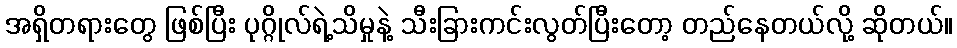
အရှိတရားတွေ ဖြစ်ပြီး ပုဂ္ဂိုလ်ရဲ့သိမှုနဲ့ သီးခြားကင်းလွတ်ပြီးတော့ တည်နေတယ်လို့ ဆိုတယ်။